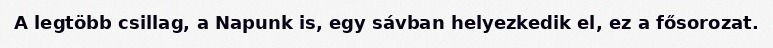
A legtöbb csillag, a Napunk is, egy sávban helyezkedik el, ez a fősorozat.